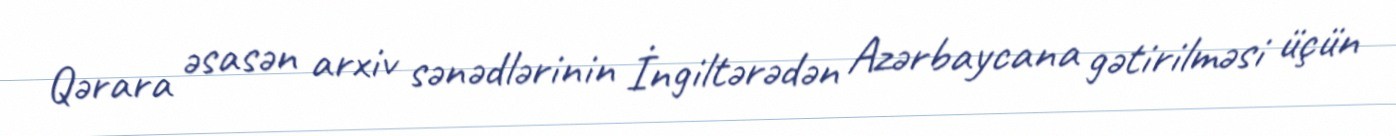
Qərara əsasən arxiv sənədlərinin İngiltərədən Azərbaycana gətirilməsi üçün